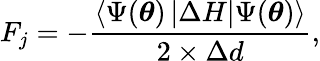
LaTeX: F_{j}=-\frac{\left\langle\Psi(\boldsymbol{\theta})\left|\Delta H\right|\Psi(\boldsymbol{\theta})\right\rangle}{2\times\Delta d},